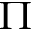
\Pi